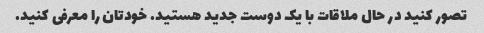
تصور کنید در حال ملاقات با یک دوست جدید هستید. خودتان را معرفی کنید.